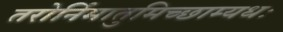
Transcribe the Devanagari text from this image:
तरोर्निमातुमिच्छाम्यधः